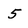
Character: 5